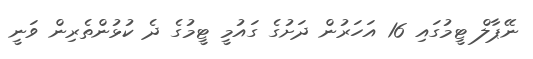
ނޭޕާލް ޓީމުގައި 16 އަހަރުން ދަށުގެ ގައުމީ ޓީމުގެ ދެ ކުޅުންތެރިން ވަނީ